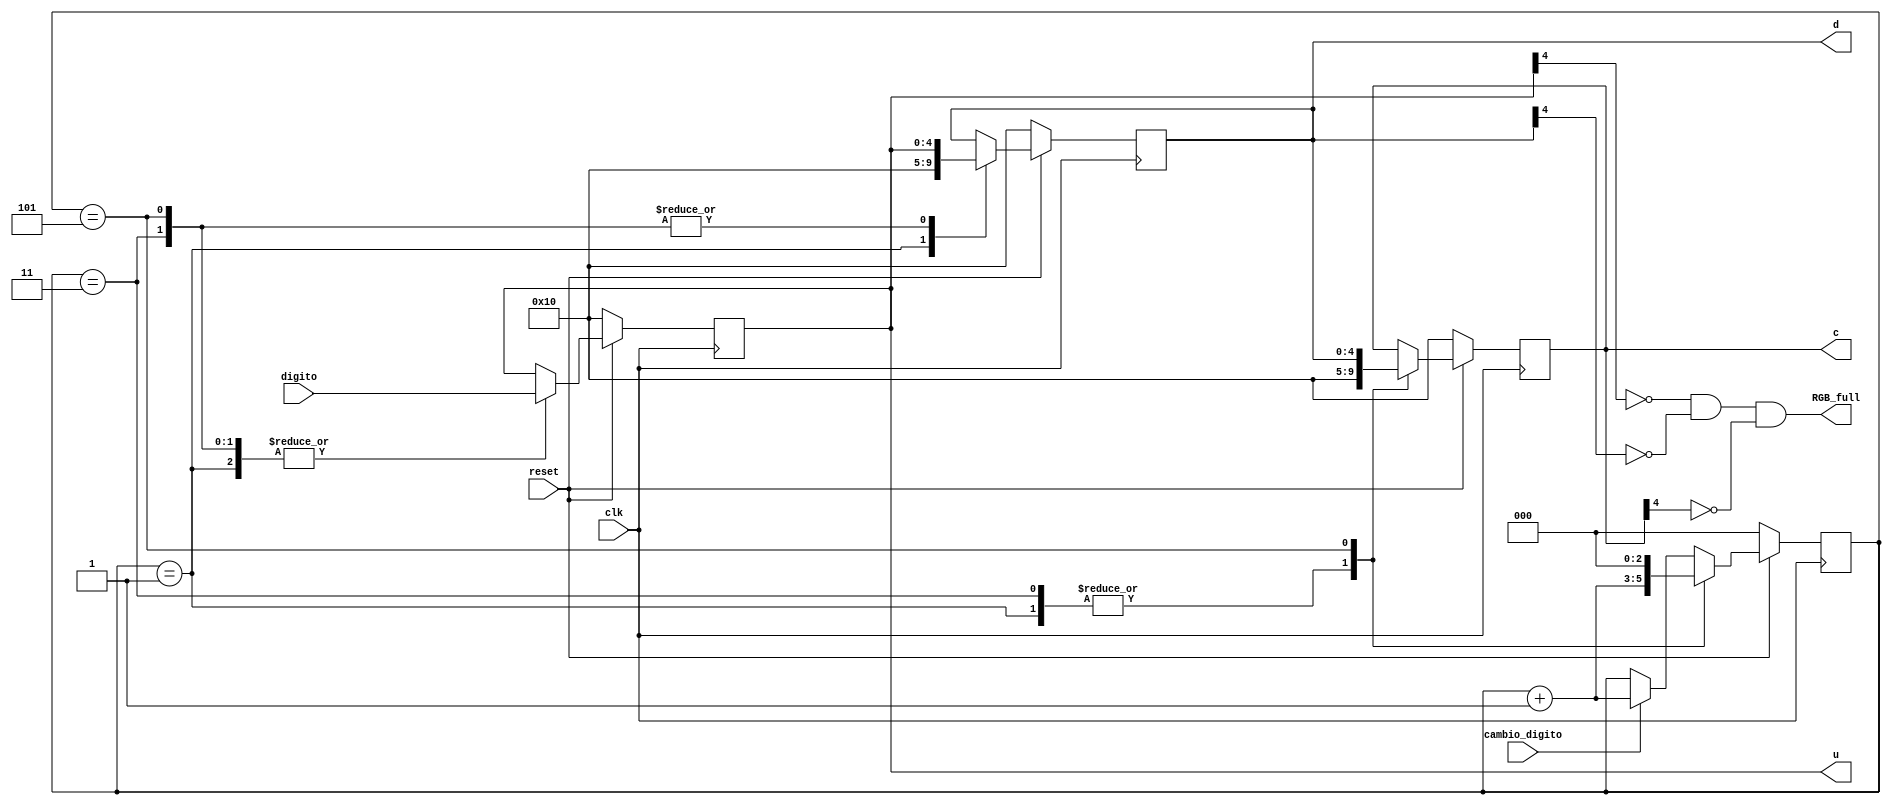
`timescale 1ns / 1ps

//Recibe los digitos ingresados por teclado y los junta en un numero de 3 digitos
module Memoria_RGB(
	input clk,
	input reset,	//reset por alto
	input [4:0] digito,
	input cambio_digito,
	output reg [4:0] u = 5'd16,
	output reg [4:0] d = 5'd16,
	output reg [4:0] c = 5'd16,
	output RGB_full
);
reg [2:0] sel = 0;

//initial begin
//		$display("time   reset   sel   digito   c   d   u   ");
//		$monitor("(%6d ns)  %b   %b   %h   %h   %h   %h", $time, reset, sel, digito, c, d, u);
//	end	

always @(posedge clk) begin
	if( !reset )	begin
		sel <= 0;
		u <= 5'd16;
		d <= 5'd16;
		c <= 5'd16;
	end
	else begin
	//sel aumenta cada pulso de clk
	//cada vez q se desplazan los valores u,d,c tienen q mantenerse hasta q vuelva a apretarse un boton
		case(sel)
			3'b001: begin 	
						u <= digito;
						d <= 5'd16;
						c <= 5'd16;
						sel <= sel + 1;	
					end
			3'b011: begin 
						u <= digito;
						d <= u;
						c <= 5'd16;
						sel <= sel + 1;		
					end
			3'b101: begin 
						u <= digito;
						d <= u;
						c <= d;
						sel <= 0;		//reseteo
					end
			default: begin
						u <= u;
						d <= d;
						c <= c;
						if(cambio_digito)
							sel <= sel + 1;
						end
		endcase
	end

end

assign RGB_full = (~u[4]) & (~d[4]) & (~c[4]); 	//es 1 cuando ninguno es 5'd16 = 5'b10000 (los MSB son 0)

endmodule